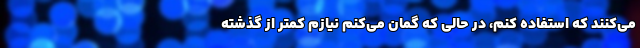
می‌کنند که استفاده کنم، در حالی که گمان می‌کنم نیازم کمتر از گذشته